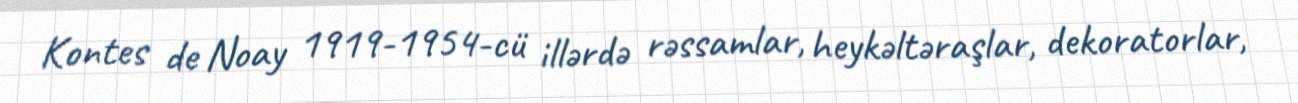
Kontes de Noay 1919-1954-cü illərdə rəssamlar, heykəltəraşlar, dekoratorlar,